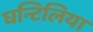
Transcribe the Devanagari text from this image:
घन्टिलिया